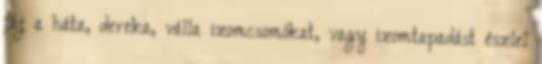
fáj a háta, dereka, válla izomcsomókat, vagy izomtapadást észlel